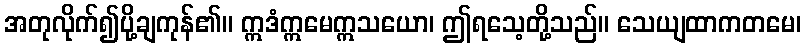
အတုလိုက်၍ပို့ချကုန်၏။ ဣဒံဣမေဣသယော၊ ဤရသေ့တို့သည်။ သေယျထာကတမေ၊